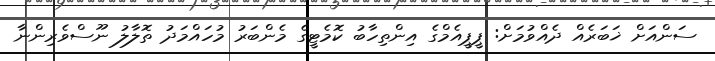
ސަންއަށް ޚަބަރެއް ދެއްވުމަށް: ޕީޕީއެމްގެ އިންތިހާބު ކޮމެޓީގެ މެންބަރު މުހައްމަދު ތޮލާލު ނޫސްވެރިންނާ